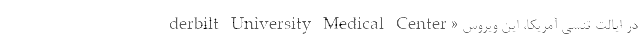
derbilt University Medical Center» در ایالت تنسی آمریکا، این ویروس